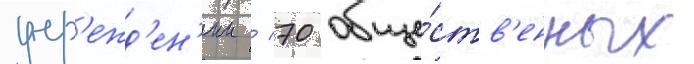
учр'ежд'ен'ии / 70 обще́ств'енных